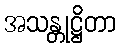
အသန္တုဋ္ဌိတာ